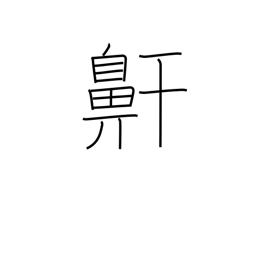
Meaning: snoring